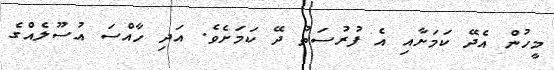
މީހުން އެދޭ ކަމަށާއި އެ ފުރުސަތު ދޭ ކަމަށެވެ. އަދި ހާއްސަ އުސޫލެއްގެ